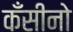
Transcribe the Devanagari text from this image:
कँसीनो